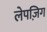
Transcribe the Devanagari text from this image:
लेपज़िग